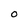
Character: 0